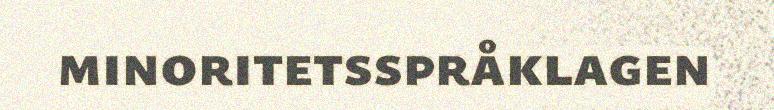
minoritetsspråklagen